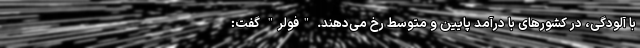
با آلودگی، در کشورهای با درآمد پایین و متوسط رخ می‌دهند. "فولر" گفت: